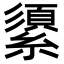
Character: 𦅓